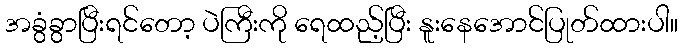
အခွံခွာပြီးရင်တော့ ပဲကြီးကို ရေထည့်ပြီး နူးနေအောင်ပြုတ်ထားပါ။